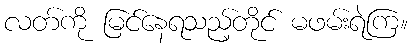
လတ်ကို မြင်နေရသည့်တိုင် မဖမ်းရဲကြ။